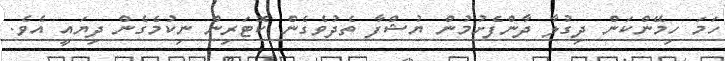
ހަމަ ހިމޭންކަން ދިގުލާ ދާންފެށުމުން ޔުޝްފާ ތެދުވެގެން ކޮޓަރިން ނިކުމެގެން ދިޔައީ އެވެ.